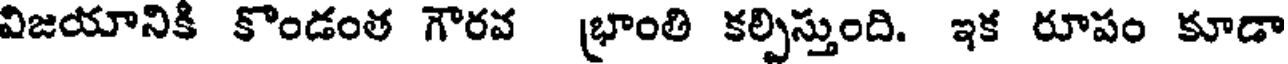
విజయానికి కొండంత గౌరవ (భాంతి కల్పిస్తుంది. ఇక రూపం కూడా